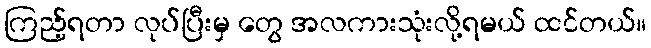
ကြည့်ရတာ လုပ်ပြီးမှ တွေ အလကားသုံးလို့ရမယ် ထင်တယ်။